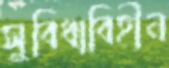
সুবিধাবিহীন